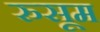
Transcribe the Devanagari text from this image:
रुसूम